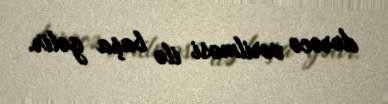
dərəcə verilməsi ilə başa gəlir.